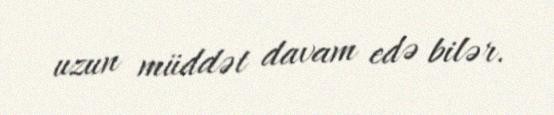
uzun müddət davam edə bilər.